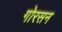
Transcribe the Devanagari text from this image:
गोरसन